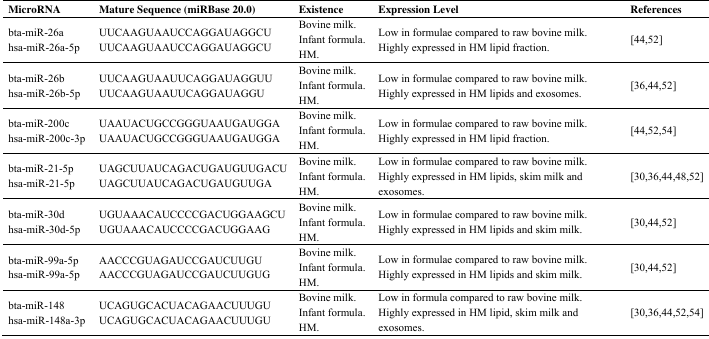
| MicroRNA | Mature Sequence (miRBase 20.0) | Existence | Expression Level | References |
 | --- | --- | --- | --- | --- |
 | bta-miR-26ahsa-miR-26a-5p | UUCAAGUAAUCCAGGAUAGGCUUUCAAGUAAUCCAGGAUAGGCU | Bovine milk.Infant formula.HM. | Low in formulae compared to raw bovine milk.Highly expressed in HM lipid fraction. | [44,52] |
 | bta-miR-26bhsa-miR-26b-5p | UUCAAGUAAUUCAGGAUAGGUUUUCAAGUAAUUCAGGAUAGGU | Bovine milk.Infant formula.HM. | Low in formulae compared to raw bovine milk.Highly expressed in HM lipids and exosomes. | [36,44,52] |
 | bta-miR-200chsa-miR-200c-3p | UAAUACUGCCGGGUAAUGAUGGAUAAUACUGCCGGGUAAUGAUGGA | Bovine milk.Infant formula.HM. | Low in formulae compared to raw bovine milk.Highly expressed in HM lipid fraction. | [44,52,54] |
 | bta-miR-21-5phsa-miR-21-5p | UAGCUUAUCAGACUGAUGUUGACUUAGCUUAUCAGACUGAUGUUGA | Bovine milk.Infant formula.HM. | Low in formulae compared to raw bovine milk.Highly expressed in HM lipids, skim milk and exosomes. | [30,36,44,48,52] |
 | bta-miR-30dhsa-miR-30d-5p | UGUAAACAUCCCCGACUGGAAGCUUGUAAACAUCCCCGACUGGAAG | Bovine milk.Infant formula.HM. | Low in formulae compared to raw bovine milk.Highly expressed in HM lipids and skim milk. | [30,44,52] |
 | bta-miR-99a-5phsa-miR-99a-5p | AACCCGUAGAUCCGAUCUUGUAACCCGUAGAUCCGAUCUUGUG | Bovine milk.Infant formula.HM. | Low in formulae compared to raw bovine milk.Highly expressed in HM lipids and skim milk. | [30,44,52] |
 | bta-miR-148hsa-miR-148a-3p | UCAGUGCACUACAGAACUUUGUUCAGUGCACUACAGAACUUUGU | Bovine milk.Infant formula.HM. | Low in formula compared to raw bovine milk.Highly expressed in HM lipid, skim milk and exosomes. | [30,36,44,52,54] |